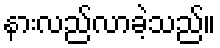
နားလည်လာခဲ့သည်။